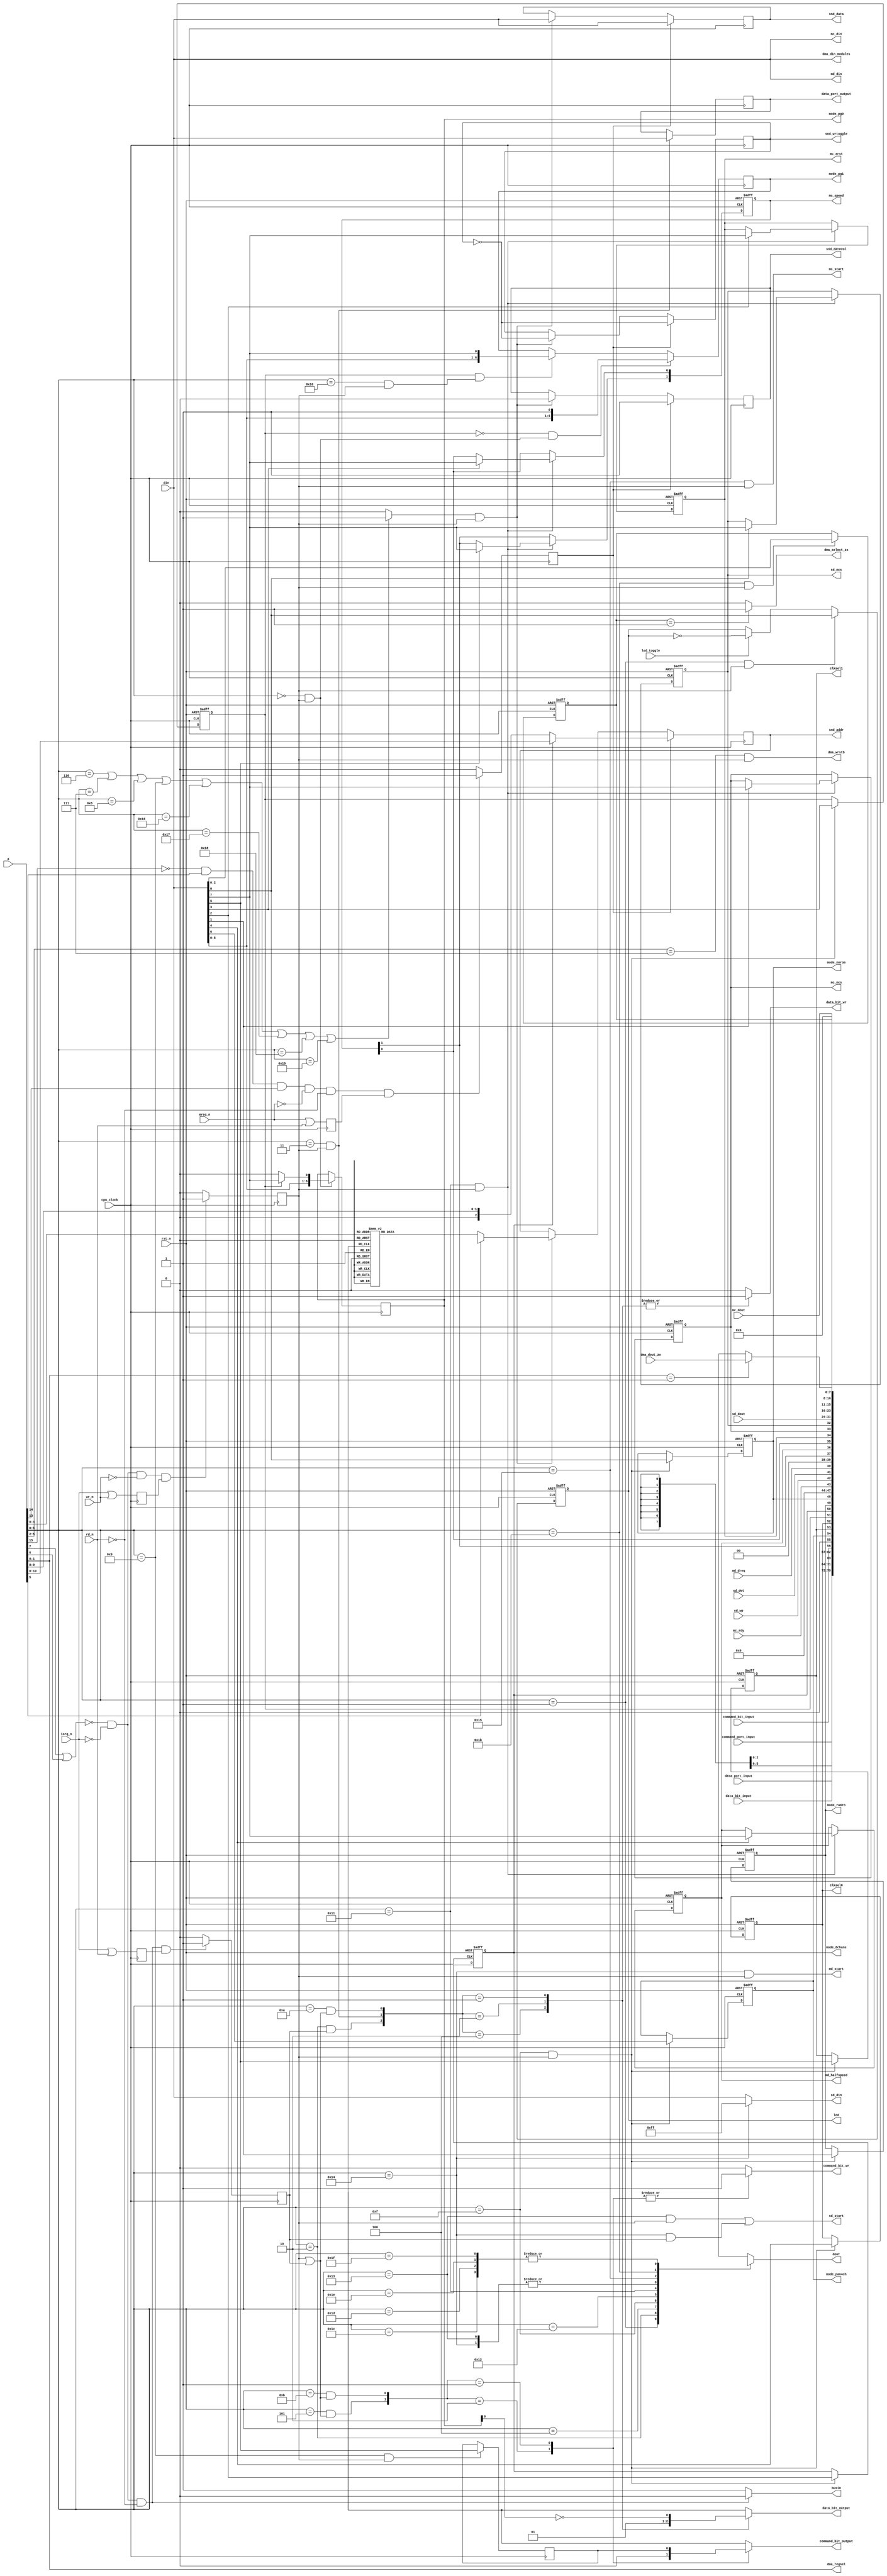
// part of NeoGS project (c) 2007-2008 NedoPC
//

// ports $00-$3f are in FPGA, $40-$ff are in CPLD

module ports(

	din,  // NGS z80 cpu DATA BUS inputs
	dout, // NGS z80 cpu DATA BUS outputs
	busin, // direction of bus: =1 - input, =0 - output
	a, // NSG z80 cpu ADDRESS BUS

	iorq_n,mreq_n,rd_n,wr_n, // NGS z80 cpu control signals


	data_port_input, // data_port input from zxbus module (async)
	data_port_output, // data_port output to zxbus module (async to zxbus, sync here)
	command_port_input, // command_port input from zxbus (async)

	data_bit_input, // data_bit from zxbus module (sync)
	command_bit_input, // --//-- (sync)

	data_bit_output, // output to zxbus module
	command_bit_output,

	data_bit_wr, // strobes (positive) to zxbus module, synchronous
	command_bit_wr,


	mode_8chans, // mode outputs for sound_main module
	mode_pan4ch, //

	mode_ramro, // mode outputs for memmap module
	mode_norom,

	mode_pg0, // page registers for memmap module
	mode_pg1,


	clksel0, // clock select (output from FPGA)
	clksel1,


	snd_wrtoggle, // toggle to write sound data to sound system memory
	snd_datnvol,  // whether it's for volume (=0) or for samples (=1)
	snd_addr,     // address: which channel to be written (0-7)
	snd_data,     // actual 8-bit data to be written


	md_din, // mp3 data interface
	md_start,
	md_dreq,
	md_halfspeed,

	mc_ncs, // mp3 control interface
	mc_xrst,
	mc_dout,
	mc_din,
	mc_start,
	mc_speed,
	mc_rdy,

	sd_ncs, // SD card interface
	sd_dout,
	sd_din,
	sd_start,
	sd_det,
	sd_wp,

	led, // LED control
	led_toggle,


	dma_din_modules, // DMA control
	//
	dma_select_zx,
	dma_dout_zx,
	//
	dma_wrstb,
	dma_regsel,


	rst_n,

	cpu_clock // Z80 CPU clock (clk_fpga on schematics)
);


	localparam MPAG      = 6'h00;
	localparam MPAGEX    = 6'h10;

	localparam ZXCMD     = 6'h01;
	localparam ZXDATRD   = 6'h02;
	localparam ZXDATWR   = 6'h03;
	localparam ZXSTAT    = 6'h04;
	localparam CLRCBIT   = 6'h05;

	localparam VOL1      = 6'h06;
	localparam VOL2      = 6'h07;
	localparam VOL3      = 6'h08;
	localparam VOL4      = 6'h09;
	localparam VOL5      = 6'h16;
	localparam VOL6      = 6'h17;
	localparam VOL7      = 6'h18;
	localparam VOL8      = 6'h19;

	localparam DAMNPORT1 = 6'h0a;
	localparam DAMNPORT2 = 6'h0b;

	localparam LEDCTR    = 6'h01;

	localparam GSCFG0    = 6'h0f;

	localparam SCTRL     = 6'h11;
	localparam SSTAT     = 6'h12;

	localparam SD_SEND   = 6'h13;
	localparam SD_READ   = 6'h13;
	localparam SD_RSTR   = 6'h14;

	localparam MD_SEND   = 6'h14; // same as SD_RSTR!!!

	localparam MC_SEND   = 6'h15;
	localparam MC_READ   = 6'h15;

	localparam DMA_MOD   = 6'h1b; // read/write
	localparam DMA_HAD   = 6'h1c; // LSB bits 1:0 are 00 // read/write all
	localparam DMA_MAD   = 6'h1d; //                  01
	localparam DMA_LAD   = 6'h1e; //                  10
	localparam DMA_CST   = 6'h1f; //                  11

	localparam DMA_PORTS = 6'h1c; // mask for _HAD, _MAD, _LAD and _CST ports, two LSBs must be zero

	// FREE PORT ADDRESSES: $0C-$0E, $1A, $20-$3F


	// inputs/outputs description

	input      [7:0] din;
	output reg [7:0] dout;

	output reg busin; // =1 - dbus ins, =0 - dbus outs

	input [15:0] a;

	input iorq_n,mreq_n,rd_n,wr_n;

	input      [7:0] data_port_input;
	input      [7:0] command_port_input;
	output reg [7:0] data_port_output;

	input data_bit_input;
	input command_bit_input;

	output reg data_bit_output;

	output reg command_bit_output;

	output reg data_bit_wr;

	output reg command_bit_wr;

	output reg mode_8chans;

	output reg mode_pan4ch;

	output reg mode_ramro;

	output reg mode_norom;

	output reg [6:0] mode_pg0;
	output reg [6:0] mode_pg1;

	output reg clksel0;
	output reg clksel1;


	output reg snd_wrtoggle;
	output reg snd_datnvol;
	output reg [2:0] snd_addr;
	output reg [7:0] snd_data;


	input rst_n;

	input cpu_clock;




	// SPI interfaces related

	// MP3 data interface
	output [7:0] md_din; // data to MP3 data SPI interface

	output md_start; // start toggle for mp3 data spi

	input md_dreq; // data request from mp3 decoder

	output reg md_halfspeed;


	// MP3 control interface
	output reg mc_ncs; // nCS signal

	output reg mc_xrst; // xRESET signal

	output mc_start; // start toggle

	output reg [1:0] mc_speed;

	input mc_rdy;

	output [7:0] mc_din; // data to send

	input [7:0] mc_dout; // received data


      // SDcard interface
	output reg sd_ncs;

	output sd_start;

	output [7:0] sd_din;

	input [7:0] sd_dout;

	input sd_det;

	input sd_wp;


	// DMA modules control
	//
	output reg [7:0] dma_din_modules;
	//
	input [7:0] dma_dout_zx;
	output reg dma_select_zx;
	//
	output reg dma_wrstb;
	output reg [1:0] dma_regsel;


	// LED control register
	output reg led;
	input led_toggle;



// internal regs & wires

	reg mode_expag; // extended paging mode register

	reg port09_bit5;

	wire port_enabled; // =1 when port address is in enabled region ($00-$3f)
	wire mem_enabled; // =1 when memory mapped sound regs are addressed ($6000-$7FFF)
	reg volports_enabled; // when volume ports are addressed (6-9 and $16-$19)

	reg iowrn_reg; // registered io write signal (all positive edge!)
	reg iordn_reg; // --//--
	reg merdn_reg; // --//--


	reg port_wr; // synchronous positive write pulse (write from z80 to fpga regs)
	reg port_rd;  // synchronous positive read pulse (read done from fpga regs to z80)

	reg memreg_rd; // when memory-mapped sound regs are read






	wire port00_wr;   // specific write and read strobes (1 clock cycle long positive)
	wire p_ledctr_wr;
	wire port02_rd;
	wire port03_wr;
	wire port05_wrrd;
	wire port09_wr;
	wire port0a_wrrd;
	wire port0b_wrrd;
	wire port0f_wr;
	wire port10_wr;

//	wire p_sstat_rd;
//	wire p_sctrl_rd;
	wire p_sctrl_wr;
	wire p_sdsnd_wr;
//	wire p_sdrd_rd;
	wire p_sdrst_rd;
	wire p_mdsnd_wr;
	wire p_mcsnd_wr;
//	wire p_mcrd_rd;

	wire p_dmamod_wr;
	wire p_dmaports_wr;


	reg [2:0] volnum; // volume register number from port address


	reg [2:0] dma_module_select; // which dma module selected: zero - none selected
	localparam DMA_NONE_SELECTED = 3'd0;
	localparam DMA_MODULE_ZX     = 3'd1;
//	localparam DMA_MODULE_...    = 3'd2;

	reg [7:0] dma_dout_modules; // select in data from different modules


// actual code

	//enabled ports
	assign port_enabled = ~(a[7] | a[6]); // $00-$3F

	//enabled mem
	assign mem_enabled = (~a[15]) & a[14] & a[13]; // $6000-$7FFF

	// volume ports enabled
	always @*
	begin
		if( a[5:0]==VOL1 ||
		    a[5:0]==VOL2 ||
		    a[5:0]==VOL3 ||
		    a[5:0]==VOL4 ||
		    a[5:0]==VOL5 ||
		    a[5:0]==VOL6 ||
		    a[5:0]==VOL7 ||
		    a[5:0]==VOL8 )

			volports_enabled <= 1'b1;
		else
			volports_enabled <= 1'b0;
	end



	//when data bus outputs
	always @*
	begin
		if( port_enabled && (!iorq_n) && (!rd_n) )
			busin <= 1'b0; // bus outputs
		else
			busin <= 1'b1; // bus inputs
	end



	// rd/wr/iorq syncing in and pulses
	always @(posedge cpu_clock)
	begin
		iowrn_reg <= iorq_n | wr_n;
		iordn_reg <= iorq_n | rd_n;

		if( port_enabled && (!iorq_n) && (!wr_n) && iowrn_reg )
			port_wr <= 1'b1;
		else
			port_wr <= 1'b0;

		if( port_enabled && (!iorq_n) && (!rd_n) && iordn_reg )
			port_rd <= 1'b1;
		else
			port_rd <= 1'b0;

	end

	// mreq syncing and mem read pulse
	always @(negedge cpu_clock)
	begin
		merdn_reg <= mreq_n | rd_n;

		if( mem_enabled && (!mreq_n) && (!rd_n) && merdn_reg )
			memreg_rd <= 1'b1;
		else
			memreg_rd <= 1'b0;

	end


	// specific ports strobes
	assign port00_wr   = ( a[5:0]==MPAG      && port_wr            );
	assign port02_rd   = ( a[5:0]==ZXDATRD   && port_rd            );
	assign port03_wr   = ( a[5:0]==ZXDATWR   && port_wr            );
	assign port05_wrrd = ( a[5:0]==CLRCBIT   && (port_wr||port_rd) );
	assign port09_wr   = ( a[5:0]==VOL4      && port_wr            );
	assign port0a_wrrd = ( a[5:0]==DAMNPORT1 && (port_wr||port_rd) );
	assign port0b_wrrd = ( a[5:0]==DAMNPORT2 && (port_wr||port_rd) );
	assign port0f_wr   = ( a[5:0]==GSCFG0    && port_wr            );
	assign port10_wr   = ( a[5:0]==MPAGEX    && port_wr            );


//	assign p_sctrl_rd = ( a[5:0]==SCTRL  && port_rd );
	assign p_sctrl_wr = ( a[5:0]==SCTRL  && port_wr );
//	assign p_sstat_rd = ( a[5:0]==SSTAT  && port_rd );
	assign p_sdsnd_wr = ( a[5:0]==SD_SEND && port_wr );
//	assign p_sdrd_rd  = ( a[5:0]==SD_READ && port_rd );
	assign p_sdrst_rd = ( a[5:0]==SD_RSTR && port_rd );
	assign p_mdsnd_wr = ( a[5:0]==MD_SEND && port_wr );
	assign p_mcsnd_wr = ( a[5:0]==MC_SEND && port_wr );
//	assign p_mcrd_rd  = ( a[5:0]==MC_READ && port_rd );

	assign p_ledctr_wr = ( a[5:0]==LEDCTR && port_wr );

	assign p_dmamod_wr   = ( a[5:0]==DMA_MOD && port_wr );
	assign p_dmaports_wr = ( {a[5:2],2'b00}==DMA_PORTS && port_wr );




	// read from fpga to Z80
	always @*
	begin
		case( a[5:0] )
		ZXCMD: // command register
			dout <= command_port_input;
		ZXDATRD: // data register
			dout <= data_port_input;
		ZXSTAT: // status bits
			dout <= { data_bit_input, 6'bXXXXXX, command_bit_input };
		GSCFG0: // config register #0F
			dout <= { 1'b0, mode_pan4ch, clksel1, clksel0, mode_expag, mode_8chans, mode_ramro, mode_norom };

		SSTAT:
			dout <= { 4'd0, mc_rdy, sd_wp, sd_det, md_dreq };
		SCTRL:
			dout <= { 2'd0, mc_speed[1], md_halfspeed, mc_speed[0], mc_xrst, mc_ncs, sd_ncs };
		SD_READ:
			dout <= sd_dout;
		SD_RSTR:
			dout <= sd_dout;
		MC_READ:
			dout <= mc_dout;


		DMA_MOD:
			dout <= { 5'd0, dma_module_select };
		DMA_HAD:
			dout <= dma_dout_modules;
		DMA_MAD:
			dout <= dma_dout_modules;
		DMA_LAD:
			dout <= dma_dout_modules;
		DMA_CST:
			dout <= dma_dout_modules;


		default:
			dout <= 8'bXXXXXXXX;
		endcase
	end





	// write to $00 and $10 ports ++
	always @(posedge cpu_clock)
	begin
		if( port00_wr==1'b1 ) // port 00
		begin
			if( mode_expag==1'b0 ) // normal paging
				mode_pg0[6:0] <= { din[5:0], 1'b0 };
			else // extended paging
				mode_pg0[6:0] <= { din[5:0], din[7] };
		end

		if( mode_expag==1'b0 && port00_wr==1'b1 ) // port 10 (when in normal mode, part of port 00)
			mode_pg1[6:0] <= { din[5:0], 1'b1 };
		else if( mode_expag==1'b1 && port10_wr==1'b1 )
			mode_pg1[6:0] <= { din[5:0], din[7] };
	end

	// port $03 write ++
	always @(posedge cpu_clock)
	begin
		if( port03_wr==1'b1 )
			data_port_output <= din;
	end

	// port $09 bit tracing
	always @(posedge cpu_clock)
	begin
		if( port09_wr==1'b1 )
			port09_bit5 <= din[5];
	end

	// write and reset of port $0F ++
	always @(posedge cpu_clock,negedge rst_n)
	begin
		if( rst_n==1'b0 ) // reset!
			{ mode_pan4ch, clksel1, clksel0, mode_expag, mode_8chans, mode_ramro, mode_norom } <= 7'b0110000;
		else // write to port
		begin
			if( port0f_wr == 1'b1 )
			begin
				{ mode_pan4ch, clksel1, clksel0, mode_expag, mode_8chans, mode_ramro, mode_norom } <= din[6:0];
			end
		end
	end

	// data bit handling
    always @*
    begin
		case( {port02_rd,port03_wr,port0a_wrrd} )
		3'b100:
		begin
			data_bit_output <= 1'b0;
			data_bit_wr <= 1'b1;
		end

		3'b010:
		begin
			data_bit_output <= 1'b1; // ++
			data_bit_wr <= 1'b1;
		end

		3'b001:
		begin
			data_bit_output <= ~mode_pg0[0];
			data_bit_wr <= 1'b1;
		end

		default:
		begin
			data_bit_output <= 1'bX;
			data_bit_wr <= 1'b0;
		end
    	endcase

    end

	// command bit handling
	always @*
	begin
		casex( {port05_wrrd,port0b_wrrd} )
		2'b10:
		begin
			command_bit_output <= 1'b0;
			command_bit_wr <= 1'b1;
		end

		2'b01:
		begin
			command_bit_output <= port09_bit5;
			command_bit_wr <= 1'b1;
		end

		default:
		begin
			command_bit_output <= 1'bX;
			command_bit_wr <= 1'b0;
		end
		endcase
	end

	// handle data going to sound module (volume and samples values)
	always @*
	begin
		case( a[5:0] ) // port addresses to volume register numbers
		VOL1:
			volnum <= 3'd0;
		VOL2:
			volnum <= 3'd1;
		VOL3:
			volnum <= 3'd2;
		VOL4:
			volnum <= 3'd3;
		VOL5:
			volnum <= 3'd4;
		VOL6:
			volnum <= 3'd5;
		VOL7:
			volnum <= 3'd6;
		VOL8:
			volnum <= 3'd7;
		default:
			volnum <= 3'bXXX;
		endcase
	end

	// handling itself (sending data to sound module)
	always @(posedge cpu_clock)
	begin
		if( memreg_rd ) // memory read - sample data write
		begin
			snd_wrtoggle <= ~snd_wrtoggle;
			snd_datnvol  <= 1'b1; // sample data

			if( !mode_8chans ) // 4 channel mode
				snd_addr <= { 1'b0, a[9:8] };
			else // 8 channel mode
				snd_addr <= a[10:8];

			snd_data <= din;
		end
		else if( volports_enabled && port_wr )
		begin
			snd_wrtoggle <= ~snd_wrtoggle;
			snd_datnvol  <= 1'b0; // volume data
			snd_addr <= volnum;
			snd_data <= din;
		end
	end






	//SPI (mp3, SD) interfaces

	assign sd_din = (a[5:0]==SD_RSTR) ? 8'hFF : din;
	assign mc_din = din;
	assign md_din = din;


	assign sd_start = p_sdsnd_wr | p_sdrst_rd;
	assign mc_start = p_mcsnd_wr;
	assign md_start = p_mdsnd_wr;


      always @(posedge cpu_clock, negedge rst_n)
      begin
		if( !rst_n ) // async reset
		begin
			md_halfspeed <= 1'b0;
			mc_speed     <= 2'b01;
			mc_xrst      <= 1'b0;
			mc_ncs       <= 1'b1;
			sd_ncs       <= 1'b1;
		end
		else // clock
		begin
			if( p_sctrl_wr )
			begin
				if( din[0] )
					sd_ncs       <= din[7];

				if( din[1] )
					mc_ncs       <= din[7];

				if( din[2] )
					mc_xrst      <= din[7];

				if( din[3] )
					mc_speed[0]  <= din[7];

				if( din[4] )
					md_halfspeed <= din[7];

				if( din[5] )
					mc_speed[1]  <= din[7];

			end
		end
      end


	// LED control
	always @(posedge cpu_clock, negedge rst_n)
	begin
		if( !rst_n )
			led <= 1'b0;
		else
		begin
			if( p_ledctr_wr )
				led <= din[0];
			else if( led_toggle )
				led <= ~led;
		end

	end




	// DMA control
	//
	always @(posedge cpu_clock, negedge rst_n) // selection of modules
	begin
		if( !rst_n )
			dma_module_select <= DMA_NONE_SELECTED;
		else if( p_dmamod_wr )
			dma_module_select <= din[2:0];
	end
	//
	always @* dma_din_modules = din; // translate Z80 bus out to all DMA modules
	//
	always @* // select modules by individual signals
	begin
		dma_select_zx = 1'b0;
		//dma_select_... = 1'b0;

		case( dma_module_select )
		DMA_MODULE_ZX:
			dma_select_zx = 1'b1;
		//DMA_MODULE_...:
		//	dma_select_... = 1'b1;
		endcase
	end
	//
	always @* dma_wrstb = p_dmaports_wr; // translate dma write strobe
	//
	always @* dma_regsel = a[1:0];
	//
	always @* // route data from modules to the common module bus
	begin
		case( dma_regsel )
		DMA_MODULE_ZX:
			dma_dout_modules <= dma_dout_zx;
		//DMA_MODULE_...:
		//	dma_dout_modules <= dma_dout_...;
		default:
			dma_dout_modules <= 8'bxxxxxxxx;
		endcase
	end


endmodule